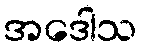
အဒေါသ